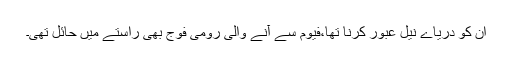
ان کو دریاے نیل عبور کرنا تھا،فیوم سے آنے والی رومی فوج بھی راستے میں حائل تھی۔